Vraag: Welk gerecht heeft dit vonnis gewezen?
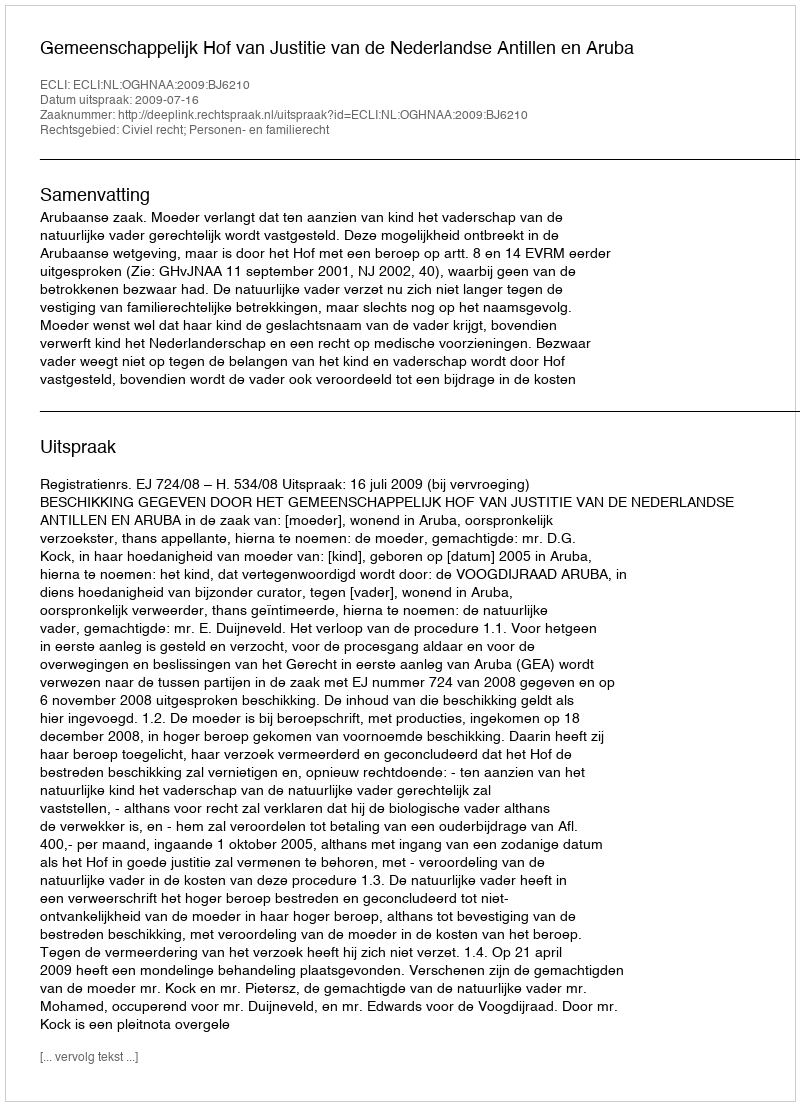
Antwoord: Gemeenschappelijk Hof van Justitie van de Nederlandse Antillen en Aruba